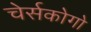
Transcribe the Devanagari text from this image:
चेर्सकोगो